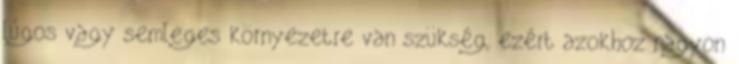
lúgos vagy semleges környezetre van szükség, ezért azokhoz nagyon